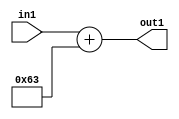
`timescale 1ps / 1ps
/*****************************************************************************
    Verilog RTL Description
    
    
    Created by: Stratus DpOpt 2019.1.01 
*******************************************************************************/

module DC_Filter_Add_12U_213_4 (
	in1,
	out1
	); /* architecture "behavioural" */ 
input [11:0] in1;
output [11:0] out1;
wire [11:0] asc001;

assign asc001 = 
	+(in1)
	+(12'B000001100011);

assign out1 = asc001;
endmodule

/* CADENCE  urnyTgg= : u9/ySgnWtBlWxVPRXgAZ4Og= ** DO NOT EDIT THIS LINE ******/